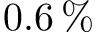
0 . 6 \, \%